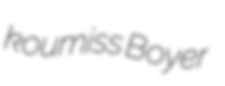
koumiss Boyer